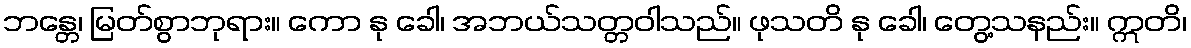
ဘန္တေ၊ မြတ်စွာဘုရား။ ကော နု ခေါ၊ အဘယ်သတ္တဝါသည်။ ဖုသတိ နု ခေါ၊ တွေ့သနည်း။ ဣတိ၊